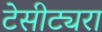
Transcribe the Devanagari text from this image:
टेसीट्यरा